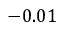
- 0 . 0 1